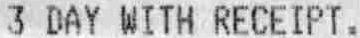
3 DAY WITH RECEIPT.